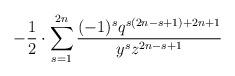
LaTeX: \begin{align*}-\frac{1}{2} \cdot \sum_{s=1}^{2n}\frac{(-1)^sq^{s(2n-s+1)+2n+1}}{y^{s}z^{2n-s+1}}\end{align*}